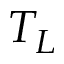
T _ { L }